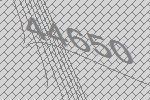
44650